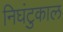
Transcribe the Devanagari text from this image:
निघंटुकाल